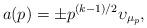
LaTeX: \begin{align*}a(p)=\pm p^{(k-1)/2}\upsilon_{\mu_p},\end{align*}